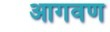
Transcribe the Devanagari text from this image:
आगवण